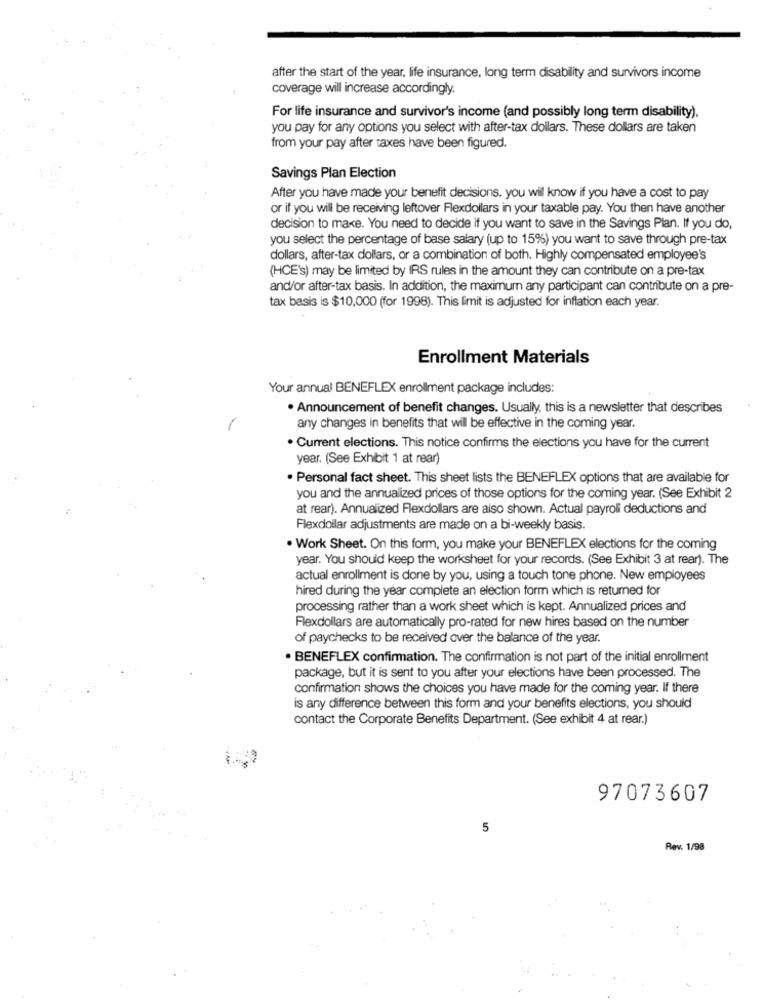
after the start of the year. life insurance, long term disability and survivors income
coverage will increase accordingly.
For life insurance and survivor's income (and possibly long term disability).
you pay for any options you select with after-tax dollars. These dollars are taken
from your pay after taxes have been figured.
Savings Plan Election
After you have made your benefit decisions, you wil know if you have a cost to pay
or if you wil be receiving leftover Flexdollars in your taxable pay. You then have another
decision to make. You need to decide if you want to save in the Savings Plan. If you do,
you select the percentage of base salary (up to 15%) you want to save through pre-tax
dollars, after-tax dollars, or a combination of both. Highly compensated employee's
(HCE's) may be limited by IRS rules in the amount they can contribute on a pre-tax
and/or after-tax basis. In addition, the maximum any participant can contribute on a pre-
tax basis is $10,000 (for 1998). This limit is adjusted for inflation each year.
Enrollment Materials
Your annual BENEFLEX enrollment package includes:
. Announcement of benefit changes. Usually, this is a newsletter that describes
any changes in benefits that wil be effective in the coming year.
. Current elections. This notice confirms the elections you have for the current
year. (See Exhibit 1 at rear)
. Personal fact sheet. This sheet lists the BENEFLEX options that are available for
you and the annualized prices of those options for the coming year. (See Exhibit 2
at rear). Annualized Flexdollars are also shown. Actual payroli deductions and
Flexdollar adjustments are made on a bi-weekly basis.
. Work Sheet. On this form, you make your BENEFLEX elections for the coming
year. You should keep the worksheet for your records. (See Exhibit 3 at rear). The
actual enrollment is done by you, using a touch tone phone. New employees
hired during the year complete an election form which is returned for
processing rather than a work sheet which is kept. Annualized prices and
Flexdollars are automatically pro-rated for new hires based on the number
of paychecks to be received over the balance of the year.
BENEFLEX confirmation. The confirmation is not part of the initial enrollment
package, but it is sent to you after your elections have been processed. The
confirmation shows the choices you have made for the coming year. If there
is any difference between this form and your benefits elections, you should
contact the Corporate Benefits Department. (See exhibit 4 at rear.)
97073607
5
Rev. 1/98